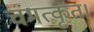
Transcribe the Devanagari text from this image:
चमत्कृत।